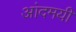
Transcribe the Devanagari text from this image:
आंदमयी